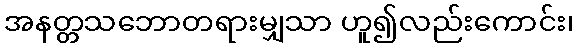
အနတ္တသဘောတရားမျှသာ ဟူ၍လည်းကောင်း၊